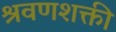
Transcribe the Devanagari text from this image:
श्रवणशक्ती